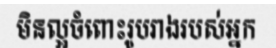
មិនល្អចំពោះរូបរាងរបស់អ្នក